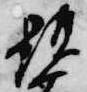
顕